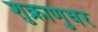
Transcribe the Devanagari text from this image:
शुक्राणुधर